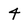
Character: 4